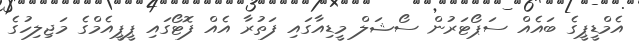
އެމްޑީޕީގެ ބައެއް ސަޕޯޓަރުން ސޯޝަލް މީޑިއާގައި ފަތުރާ އެއް ފޮޓޯގައި ޕީޕީއެމްގެ މަޖިލިހުގެ